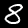
Label: 8